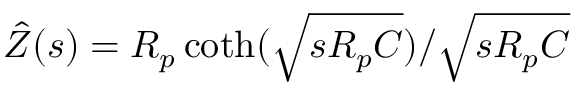
\hat { Z } ( s ) = R _ { p } \coth ( \sqrt { s R _ { p } C } ) / \sqrt { s R _ { p } C }